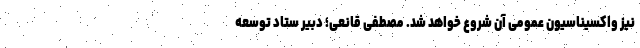
نیز واکسیناسیون عمومی آن شروع خواهد شد. مصطفی قانعی؛ دبیر ستاد توسعه